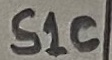
Text: S1C